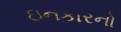
ઇનકારનો